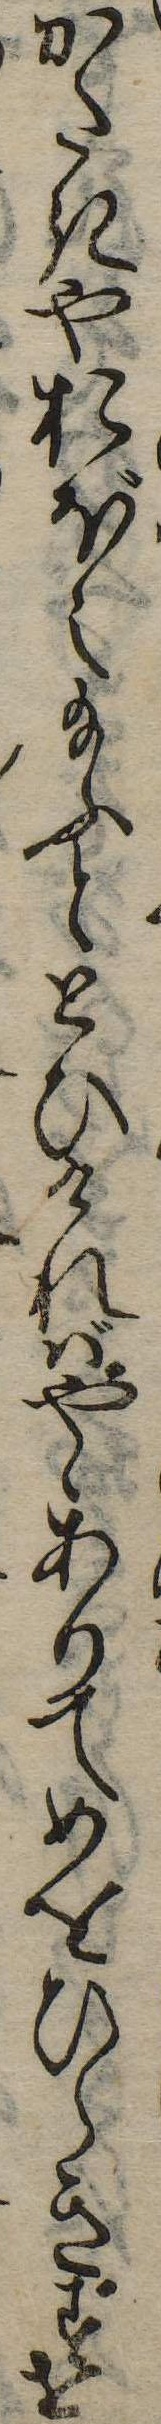
かたきやおぼえ給ふととひければやゝありてめをひらきすけ